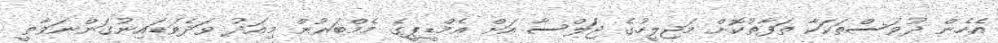
އެހެން ދުވަސްތަކަކާ ތަފާތުކޮށް މަޖިލީހުގެ ޖަލްސާ އަށް އެމްޑީޕީގެ މެމްބަރުން މިއަދު ވަދެވަޑައިނުގަންނަވާތީ